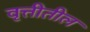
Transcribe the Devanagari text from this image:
वृत्तीतील